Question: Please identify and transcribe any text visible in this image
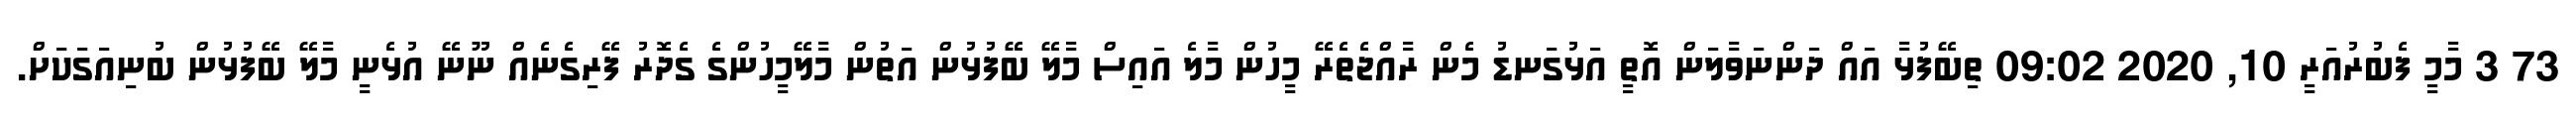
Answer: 73 3 މާމީ ފެބުރުއަރީ 10, 2020 09:02 ތިބޭފުޅާ އައް ދަންނަވާލަން އޮތީ އަޅުގަނޑު މެން ރާއްޖެތެރޭ މީހުން މާލެ އައިސް މާލޭ ބޭފުޅުން އަތުން މާލޭމީހުންގެ ގެދޮރު ފޭރިގެނެއް ނޫނޭ އުޅެނީ މާލޭ ބޭފުޅުން ބުނިއަގަކަށް.